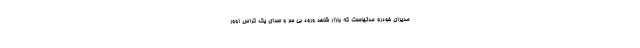
مدیران خودرو مدتهاست که بازار شاهد ورود بی سر و صدای یک کراس اوور